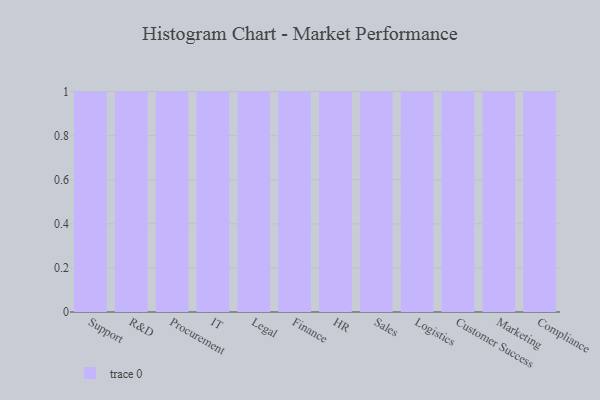
{"axis": {"x": "Department", "y": "Production Output"}, "legend": [""], "data": [{"x": "Support", "y": 70, "type": ""}, {"x": "R&D", "y": 60, "type": ""}, {"x": "Procurement", "y": 68, "type": ""}, {"x": "IT", "y": 17, "type": ""}, {"x": "Legal", "y": 79, "type": ""}, {"x": "Finance", "y": 33, "type": ""}, {"x": "HR", "y": 77, "type": ""}, {"x": "Sales", "y": 29, "type": ""}, {"x": "Logistics", "y": 27, "type": ""}, {"x": "Customer Success", "y": 93, "type": ""}, {"x": "Marketing", "y": 82, "type": ""}, {"x": "Compliance", "y": 56, "type": ""}]}